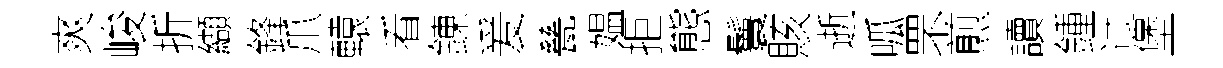
爽峻折纈鋒爪轅㸔錬爰甆媪拒態鬟賅逝呱罘煎讀鍾过堡